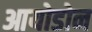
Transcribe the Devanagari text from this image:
आयोडोन